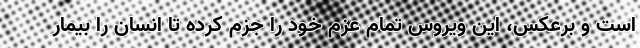
است و برعکس، این ویروس تمام عزم خود را جزم کرده تا انسان را بیمار